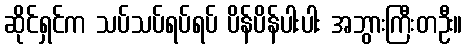
ဆိုင်ရှင်က သပ်သပ်ရပ်ရပ် ပိန်ပိန်ပါးပါး အဘွားကြီးတဦး။